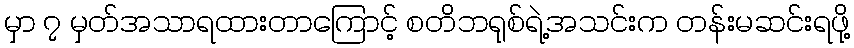
မှာ ၇ မှတ်အသာရထားတာကြောင့် စတိဘရုစ်ရဲ့အသင်းက တန်းမဆင်းရဖို့